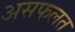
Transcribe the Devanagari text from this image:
असफलत